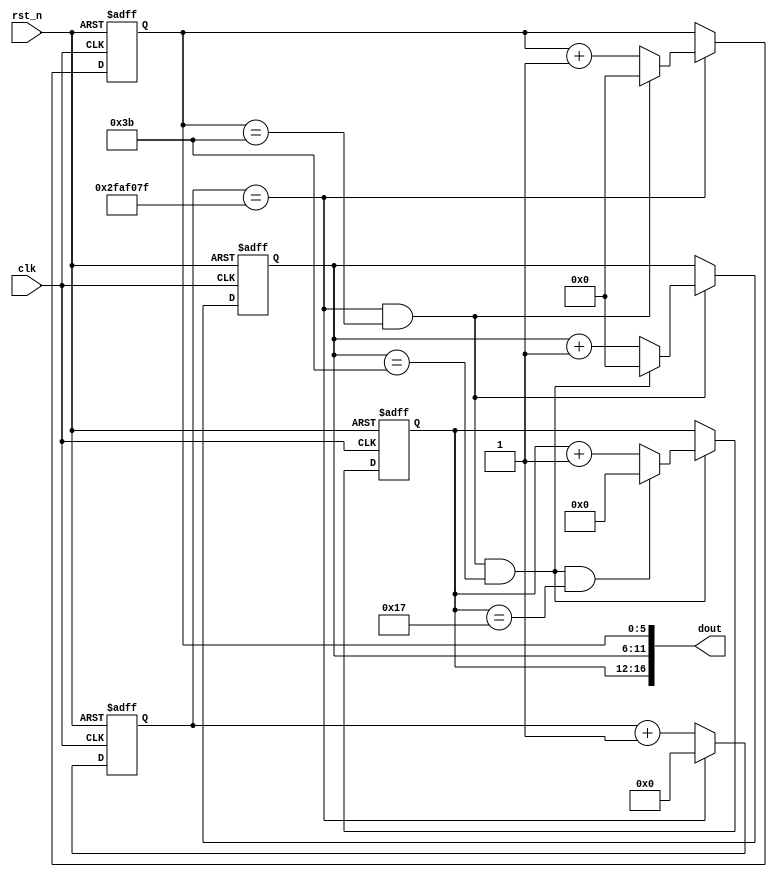
module time_count#(parameter TIME_1S = 50_000_000)(

    input               clk,
    input               rst_n,
    output     [16:0]   dout    //

);


    reg     [25:0]  cnt;
    wire            add_cnt;
    wire            end_cnt;

    reg     [5:0]   cnt_s;
    wire            add_cnt_s;
    wire            end_cnt_s;

    reg     [5:0]   cnt_m;
    wire            add_cnt_m;
    wire            end_cnt_m;

    reg     [4:0]   cnt_h;
    wire            add_cnt_h;
    wire            end_cnt_h;


    //1S
    always @(posedge clk or negedge rst_n)begin
        
        if(!rst_n)
            cnt <= 26'd0;
        else if(add_cnt)
            if(end_cnt)
                cnt <= 26'd0;
            else
                cnt <= cnt + 1'b1;
        else
            cnt <= cnt;  

    end
    assign add_cnt = 1'b1;
    assign end_cnt = add_cnt && cnt == TIME_1S - 1;

    //
    always @(posedge clk or negedge rst_n)begin
        
        if(!rst_n)
            cnt_s <= 6'd0;
        else if(add_cnt_s)
            if(end_cnt_s)
                cnt_s <= 6'd0;
            else
                cnt_s <= cnt_s + 1'b1;
        else
            cnt_s <= cnt_s;

    end
    assign add_cnt_s = end_cnt;
    assign end_cnt_s = add_cnt_s && cnt_s == 60 - 1;

    //
    always @(posedge clk or negedge rst_n)begin
        
        if(!rst_n)
            cnt_m <= 6'd0;
        else if(add_cnt_m)
            if(end_cnt_m)
                cnt_m <= 6'd0;
            else
                cnt_m <= cnt_m + 1'b1;
        else
            cnt_m <= cnt_m;  

    end
    assign add_cnt_m = end_cnt_s;
    assign end_cnt_m = add_cnt_m && cnt_m == 60 - 1;


    //
    always @(posedge clk or negedge rst_n)begin
        
        if(!rst_n)
            cnt_h <= 5'd0;
        else if(add_cnt_h)
            if(end_cnt_h)
                cnt_h <= 5'd0;
            else
                cnt_h <= cnt_h + 1'b1;
        else
            cnt_h <= cnt_h;  

    end
    assign add_cnt_h = end_cnt_m;
    assign end_cnt_h = add_cnt_h && cnt_h == 24 - 1;

    assign dout = {cnt_h, cnt_m, cnt_s};
    
    



endmodule